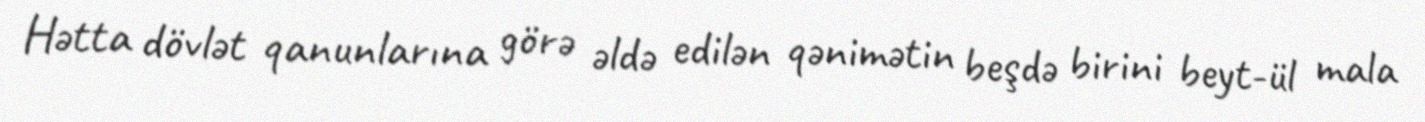
Hətta dövlət qanunlarına görə əldə edilən qənimətin beşdə birini beyt-ül mala